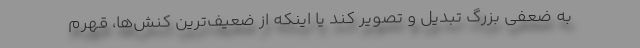
به ضعفی بزرگ تبدیل و تصویر کند یا اینکه از ضعیف‌ترین کنش‌ها، قهرم